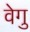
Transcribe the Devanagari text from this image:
वेगु